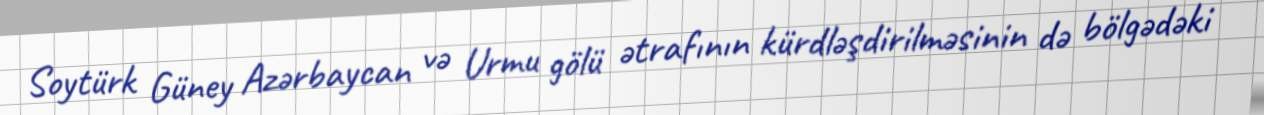
Soytürk Güney Azərbaycan və Urmu gölü ətrafının kürdləşdirilməsinin də bölgədəki